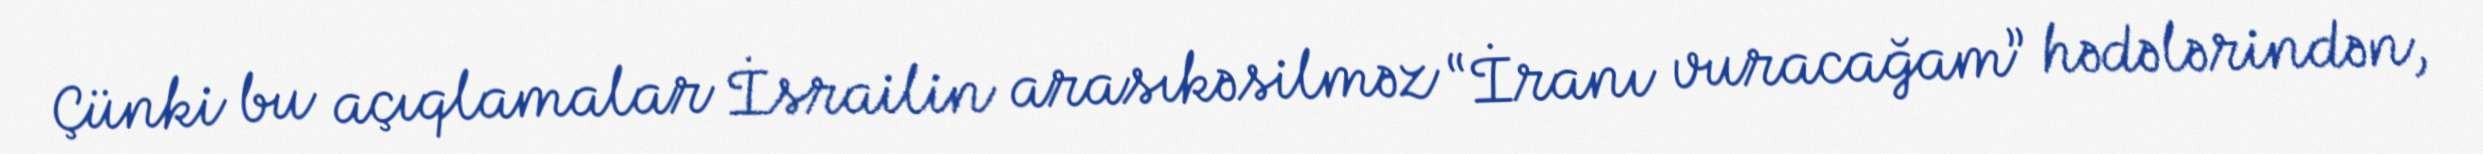
Çünki bu açıqlamalar İsrailin arasıkəsilməz “İranı vuracağam” hədələrindən,